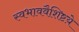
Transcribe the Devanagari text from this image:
स्वभाववैशिष्टय़े